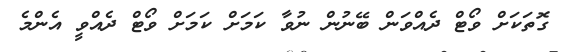
ގޮތަކަށް ވޯޓް ދެއްވަން ބޭނުން ނުވާ ކަމަށް ކަމަށް ވޯޓް ދެއްވީ އެންމެ